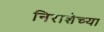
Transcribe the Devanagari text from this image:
निराशेच्या